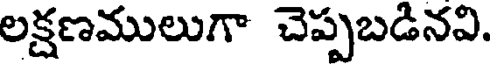
లక్షణములుగా చెప్పబడినవి.